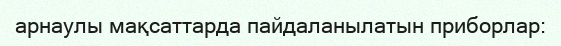
арнаулы мақсаттарда пайдаланылатын приборлар: